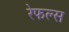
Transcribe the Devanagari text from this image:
रेफल्स